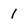
Character: I